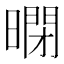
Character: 𱢤